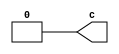
`timescale 1ns/1ns

//Especificacao do clock em Verilog -  retirado do Apendice C do livro do Patterson

module clock(c);

output reg c;

initial begin

//debug (monitorar o valor do clock)
$monitor ("%b", c);

c = 0;

end

always begin

#1 c = 1;
#1 c = 0;

end

endmodule